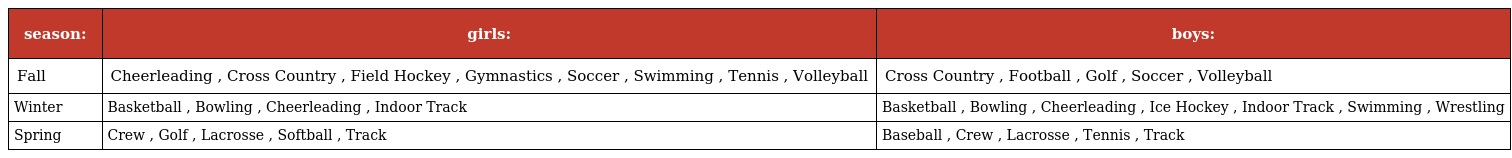
| season: | girls: | boys: |
 | --- | --- | --- |
 | Fall | Cheerleading , Cross Country , Field Hockey , Gymnastics , Soccer , Swimming , Tennis , Volleyball | Cross Country , Football , Golf , Soccer , Volleyball |
 | Winter | Basketball , Bowling , Cheerleading , Indoor Track | Basketball , Bowling , Cheerleading , Ice Hockey , Indoor Track , Swimming , Wrestling |
 | Spring | Crew , Golf , Lacrosse , Softball , Track | Baseball , Crew , Lacrosse , Tennis , Track |